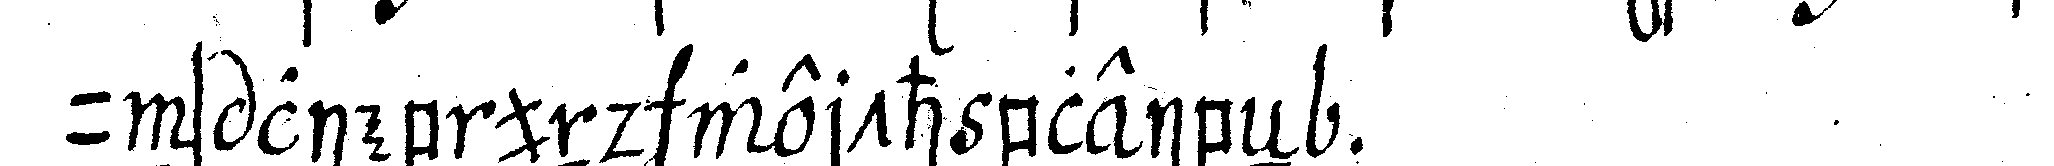
uns lieb und werth bleibeN .